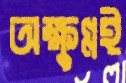
অক্ষুণ্নই